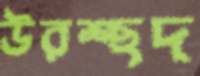
উরশ্ছদ